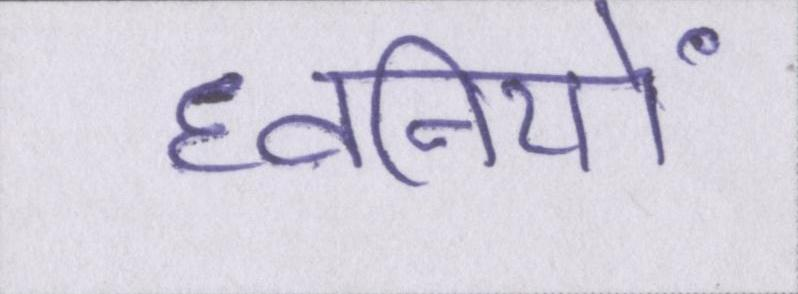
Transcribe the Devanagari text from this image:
ध्वनियों